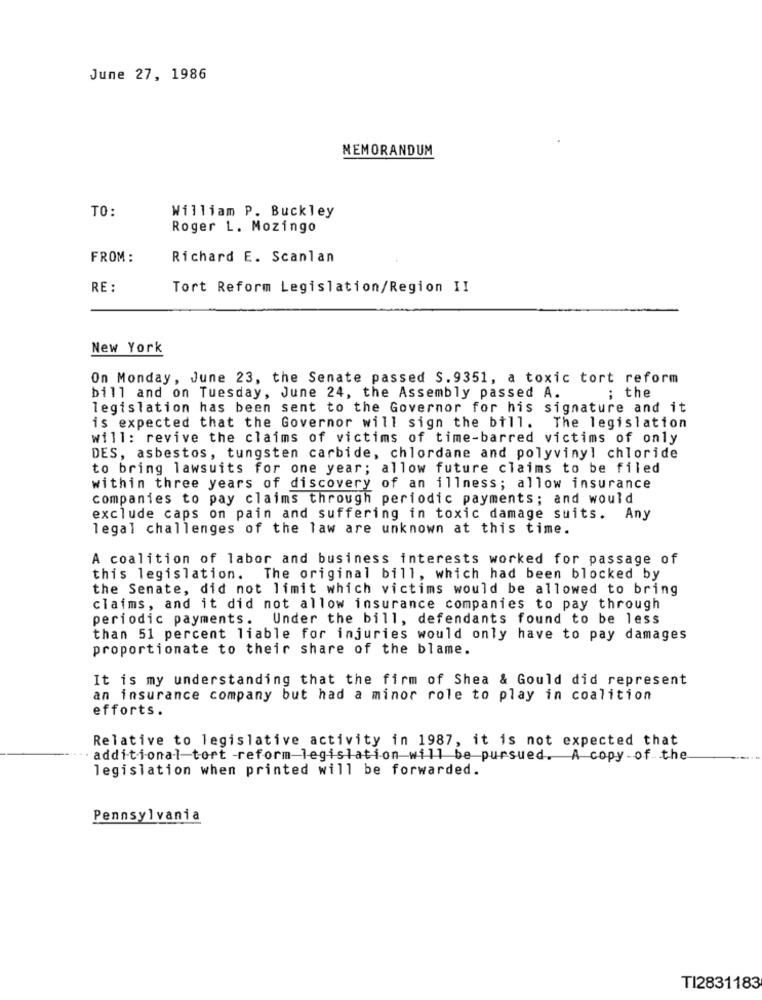
June 27, 1986
MEMORANDUM
TO:
William P. Buckley
Roger L. Mozingo
FROM :
Richard E. Scanlan
RE :
Tort Reform Legislation/Region II
New York
On Monday, June 23, the Senate passed S. 9351, a toxic tort reform
; the
bill and on Tuesday, June 24, the Assembly passed A.
legislation has been sent to the Governor for his signature and it
is expected that the Governor will sign the bill. The legislation
will: revive the claims of victims of time-barred victims of only
DES, asbestos, tungsten carbide, chlordane and polyvinyl chloride
to bring lawsuits for one year; allow future claims to be filed
within three years of discovery of an illness; allow insurance
companies to pay claims through periodic payments; and would
exclude caps on pain and suffering in toxic damage suits. Any
legal challenges of the law are unknown at this time.
A coalition of labor and business interests worked for passage of
this legislation. The original bill, which had been blocked by
the Senate, did not limit which victims would be allowed to bring
claims, and it did not allow insurance companies to pay through
periodic payments.
Under the bill, defendants found to be less
than 51 percent liable for injuries would only have to pay damages
proportionate to their share of the blame.
It is my understanding that the firm of Shea & Gould did represent
an insurance company but had a minor role to play in coalition
efforts.
Relative to legislative activity in 1987, it is not expected that
- additional-tort reform legislation will be pursued. A copy of the
legislation when printed will be forwarded.
Pennsylvania
TI2831183